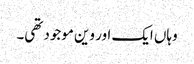
وہاں ایک اور وین موجود تھی۔